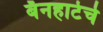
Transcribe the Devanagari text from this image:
बॅनहार्टचे